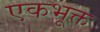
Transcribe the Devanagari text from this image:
एकभूक्त